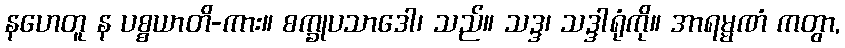
နဟေတူ န ပစ္စယာတိ-ကား။ စက္ခုပသာဒေါ၊ သည်။ သဒ္ဒ၊ သဒ္ဒါရုံကို။ အာရမ္မဏံ ကတွာ,